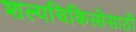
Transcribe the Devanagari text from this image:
शल्यचिकित्सेसाठी